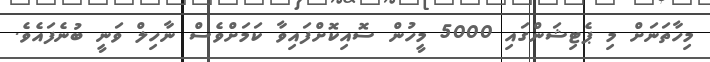
މިހާތަނަށް މި ޕެޓިޝަންގައި 5000 މީހުން ސޮއިކޮށްފައިވާ ކަމަށްވެސް ނާހިލް ވަނީ ބުނެފައެވެ.